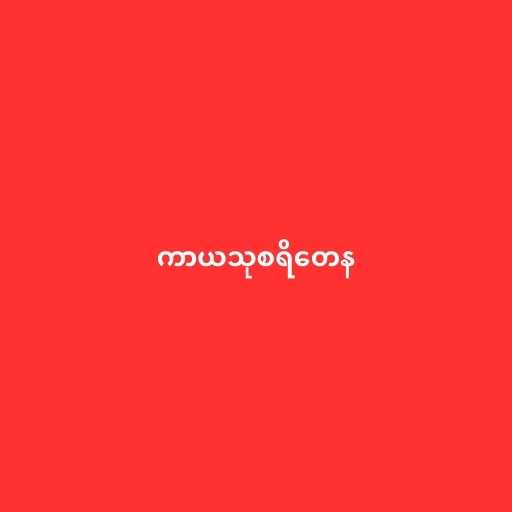
ကာယသုစရိတေန